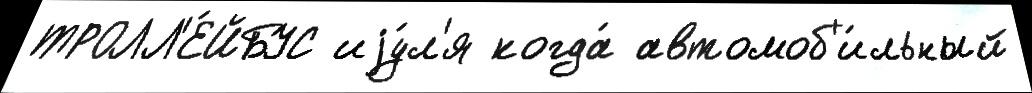
ТРОЛЛ'Е́ЙБУС иjу́л'я когда́ автомоб'и́льный